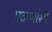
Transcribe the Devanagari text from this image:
पठाणांशी